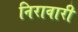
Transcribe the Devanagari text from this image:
निरावारी